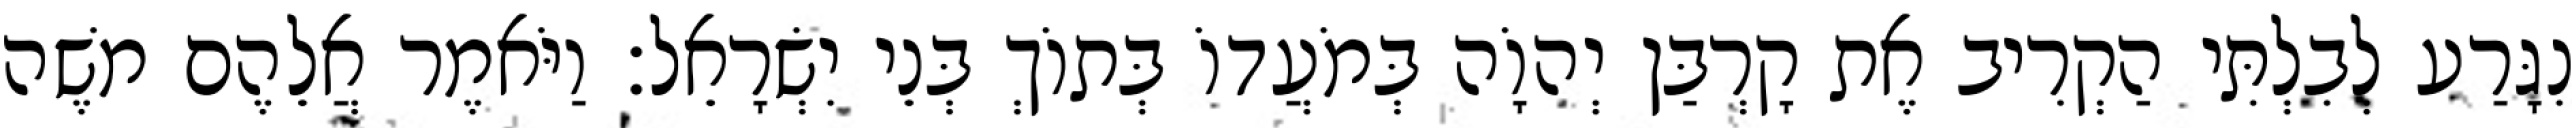
נִגָּרַע לְבִלְתִּי הַקְרִיב אֶת קָרְבַּן יְהוָֹה בְּמֹעֲדוֹ בְּתוֹךְ בְּנֵי יִשְׂרָאֵל׃ וַיֹּאמֶר אֲלֵהֶם משֶׁה